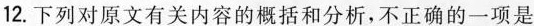
12.下列对原文有关内容的概括和分析，不正确的一项是